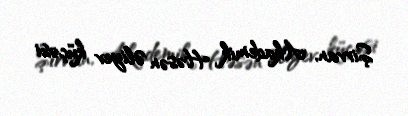
Şirvan, Akademik Həsən Əliyev küçəsi